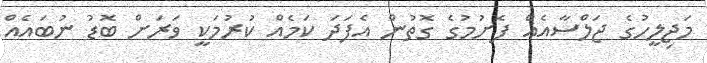
މަޖިލީހުގެ ޖަލްސާއެއް ފެށުމުގެ ގޮތުން އެފަދަ ކަމެއް ކުރުމަކީ ވަރަށް ބޮޑު ނުބައެއް